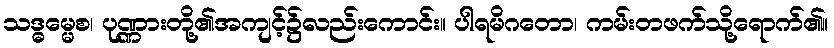
သဒ္ဓမ္မေစ၊ ပုဏ္ဏားတို့၏အကျင့်၌လည်းကောင်း။ ပါရမိဂတော၊ ကမ်းတဖက်သို့ရောက်၏။